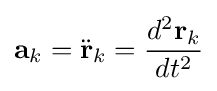
\mathbf {a} _{k}={\ddot {\mathbf {r} }}_{k}={\frac {d^{2}\mathbf {r} _{k}}{dt^{2}}}